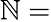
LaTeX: \mathbb{N}=